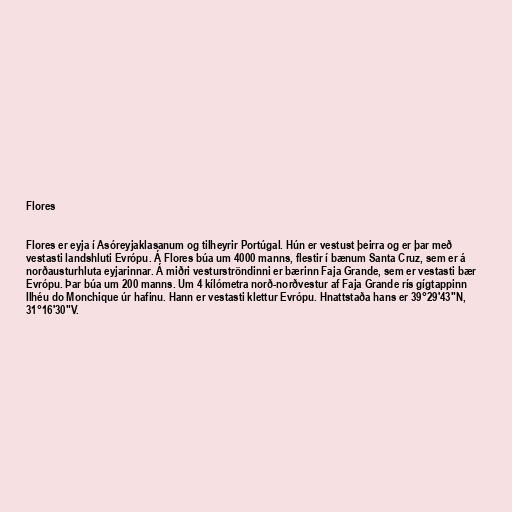
Flores

Flores er eyja í Asóreyjaklasanum og tilheyrir Portúgal. Hún er vestust þeirra og er þar með
vestasti landshluti Evrópu. Á Flores búa um 4000 manns, flestir í bænum Santa Cruz, sem er á
norðausturhluta eyjarinnar. Á miðri vesturströndinni er bærinn Faja Grande, sem er vestasti bær
Evrópu. Þar búa um 200 manns. Um 4 kílómetra norð-norðvestur af Faja Grande rís gígtappinn
Ilhéu do Monchique úr hafinu. Hann er vestasti klettur Evrópu. Hnattstaða hans er 39°29'43"N,
31°16'30"V.